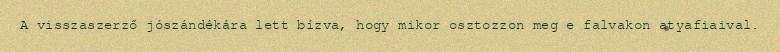
A visszaszerző jószándékára lett bízva, hogy mikor osztozzon meg e falvakon atyafiaival.